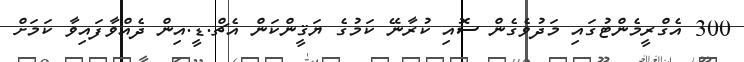
300 އެގްރީމެންޓުގައި މަދުވެގެން ސޮއި ކުރާނޭ ކަމުގެ ޔަޤީންކަން އެޗް.ޑީ.އިން ދެއްވާފައިވާ ކަމަށް